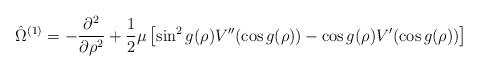
LaTeX: \begin{align*}\hat{\Omega}^{(1)}=-\frac{\partial^2}{\partial\rho^2} +\frac12\mu\left[\sin^2 g(\rho) V''(\cos g(\rho)) - \cos g(\rho)V'(\cos g(\rho))\right]\end{align*}